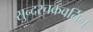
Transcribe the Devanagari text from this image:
सुन्दरचक्रवर्तिन्